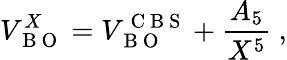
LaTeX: V_{\mathrm{~B~O~}}^{X}=V_{\mathrm{~B~O~}}^{\mathrm{~C~B~S~}}+\frac{A_{5}}{X^{5}}\ ,